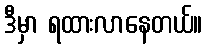
ဒီမှာ ရထားလာနေတယ်။